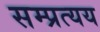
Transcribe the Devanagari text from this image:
सम्प्रत्यय